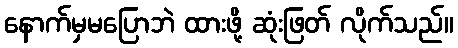
နောက်မှမပြောဘဲ ထားဖို့ ဆုံးဖြတ် လိုက်သည်။